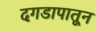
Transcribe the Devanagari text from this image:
दगडापातून